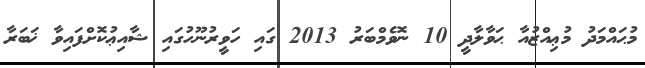
މުޙައްމަދު މުޢިއްޒުއާ ޙަވާލާދީ 10 ނޮވެމްބަރު 2013 ގައި ހަވީރުނޫހުގައި ޝާއިޢުކޮށްފައިވާ ޚަބަރާ